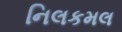
નિલકમલ